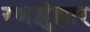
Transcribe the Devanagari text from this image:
रणझुंझार